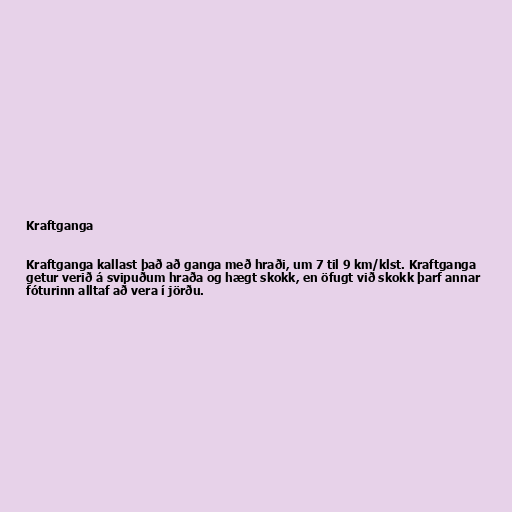
Kraftganga

Kraftganga kallast það að ganga með hraði, um 7 til 9 km/klst. Kraftganga
getur verið á svipuðum hraða og hægt skokk, en öfugt við skokk þarf annar
fóturinn alltaf að vera í jörðu.